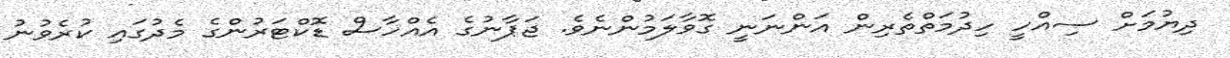
ދިޔުމަށް ސިއްހީ ހިދުމަތްތެރިން އަންނަނީ ގޮވާލަމުންނެވެ. ޖަޕާނުގެ އެއްހާސް ޑޮކްޓަރުންގެ މެދުގައި ކުރެވުނު